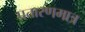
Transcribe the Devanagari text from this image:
प्रतारणमात्र